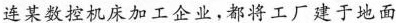
连某数控机床加工企业，都将工厂建于地面